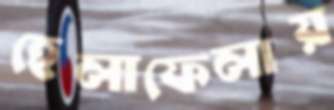
হেলাফেলায়